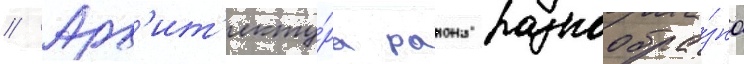
// Арх'ит'екту́ра раиона разнообра́зна